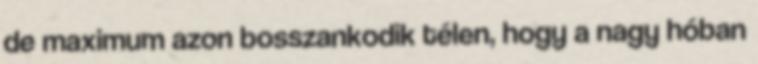
de maximum azon bosszankodik télen, hogy a nagy hóban